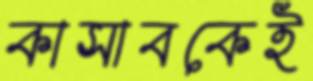
কাসাবকেই